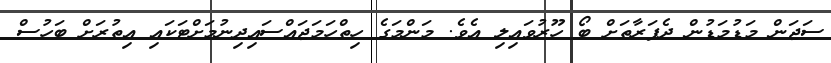
ސަޖަން މަޑުމަޑުން ދެފަރާތަށް ބޯ ހޫރުވައިލި އެވެ. މަންމަގެ ހިތްހަމަޖައްސައިދިނުމަށްޓަކައި އިތުރަށް ބަހުސް